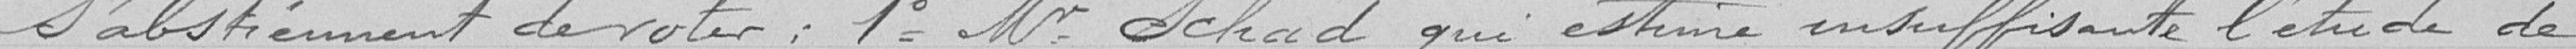
S'abstiennent de voter : 1° Monsieur Schad qui estime insuffisant l'étude de